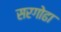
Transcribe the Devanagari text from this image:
सरगोढा